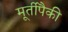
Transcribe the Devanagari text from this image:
मूर्तीपैकी